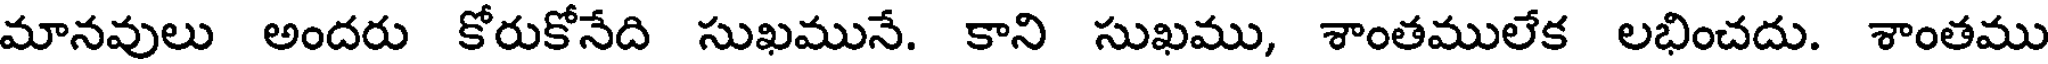
మానవులు అందరు కోరుకోనేది సుఖమునే. కాని సుఖము, శాంతములేక లభించదు. శాంతము